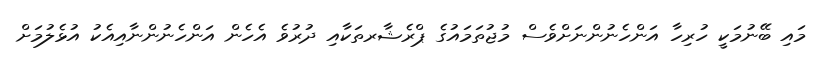
މައި ބޭނުމަކީ ހުރިހާ އަންހެނުންނަށްވެސް މުޖުތަމައުގެ ޕްރެޝާރތަކާއި ދުރުވެ އެހެން އަންހެނުންނާއިއެކު އުޅެލުމަށް